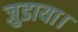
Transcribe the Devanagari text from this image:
जुडाया।